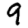
Digit: 9